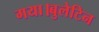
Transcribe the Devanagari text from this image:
गया।बुलेटिन